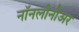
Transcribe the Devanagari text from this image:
नॉनलीनीअर